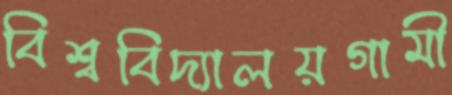
বিশ্ববিদ্যালয়গামী